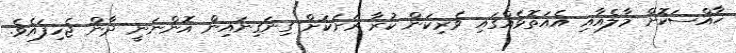
ޚާއްސަކޮށް މާލެއާއި އެއަތޮޅެއްގައި ވެރިކަން ކުރާ ރަށަކަށް ގިނަގިނައިން އޮންނަނީ ދާން ޖެހިފައެވެ.